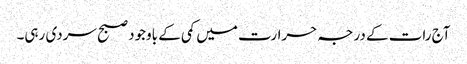
آج رات کے درجہ حرارت میں کمی کے باوجود صبح سردی رہی۔